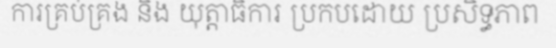
ការគ្រប់គ្រង និង យុត្តាធិការ ប្រកបដោយ ប្រសិទ្ធភាព